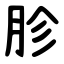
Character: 胗